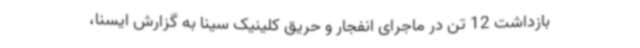
بازداشت 12 تن در ماجرای انفجار و حریق کلینیک سینا به گزارش ایسنا،